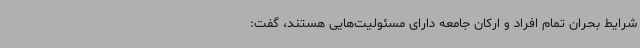
شرایط بحران تمام افراد و ارکان جامعه دارای مسئولیت‌هایی هستند، گفت: